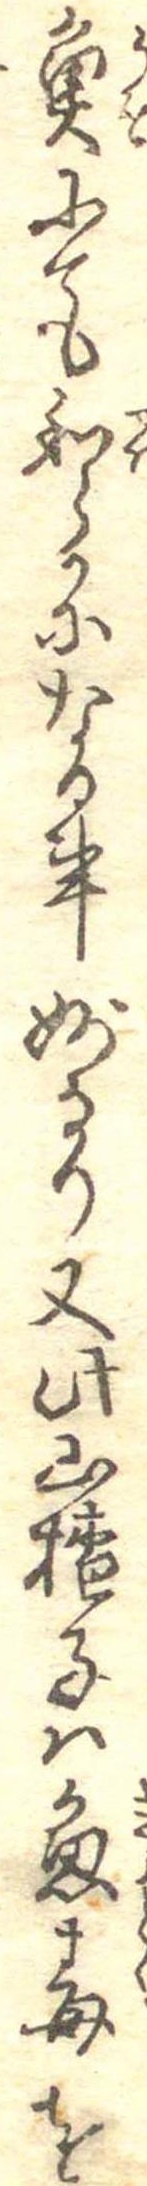
魚にても和らかになる事妙なり又此山楂子は魚毒を